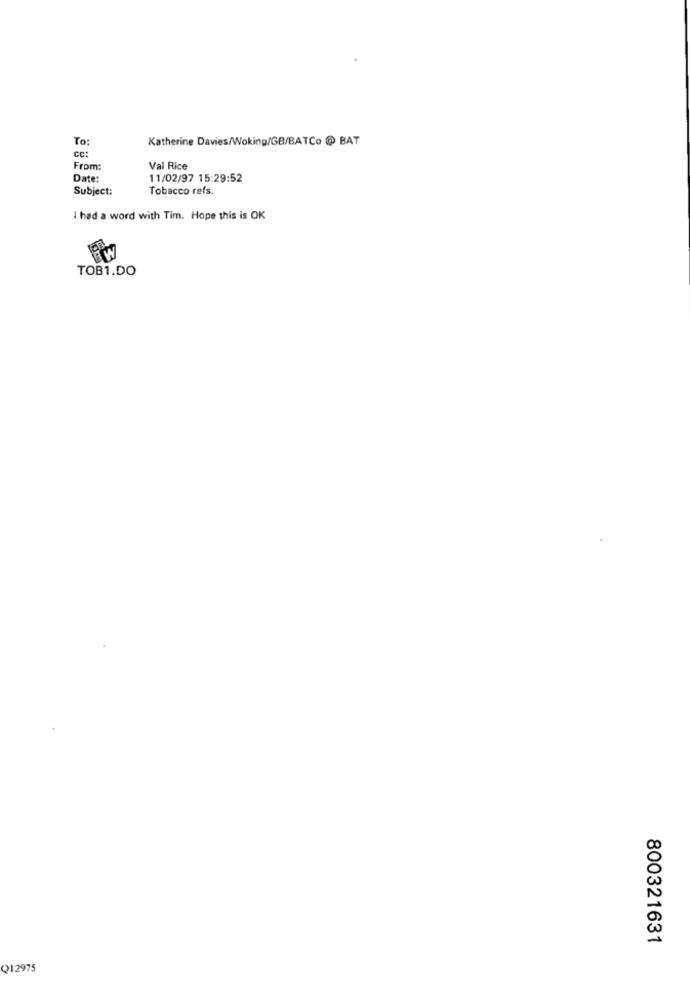
To:
Katherine Davies/Woking/GB/BATCo @ BAT
CC:
From:
Val Rice
Date:
11/02/97 15:29:52
Subject:
Tobacco refs.
I had a word with Tim. Hope this is OK
3.
TOB1.DO
800321631
Q12975